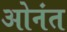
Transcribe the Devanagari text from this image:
ओनंत